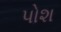
પોશ